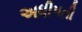
અધીપતી